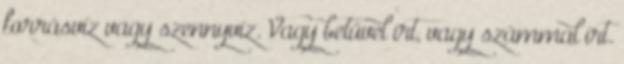
forrásvíz vagy szennyvíz. Vagy betűvel írt, vagy számmal írt.